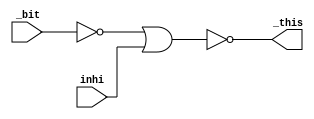
module j_tbenw
(
	output _this,
	input _bit,
	input inhi
);
wire bit_n;

// DSP_A-5Q.NET (604) - bit\ : iv
assign bit_n = ~_bit;

// DSP_A-5Q.NET (605) - this : nr2
assign _this = ~(bit_n | inhi);
endmodule